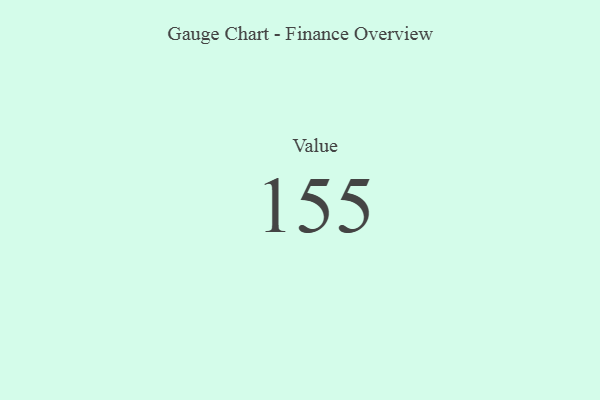
{"axis": {"x": "Metric", "y": "Value"}, "legend": [""], "data": [{"x": "Value", "y": 155, "type": ""}]}